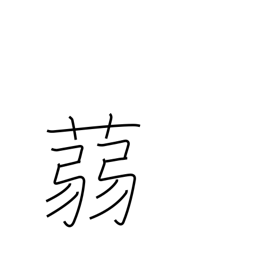
Meaning: a kind of water plant